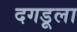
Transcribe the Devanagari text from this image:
दगडूला